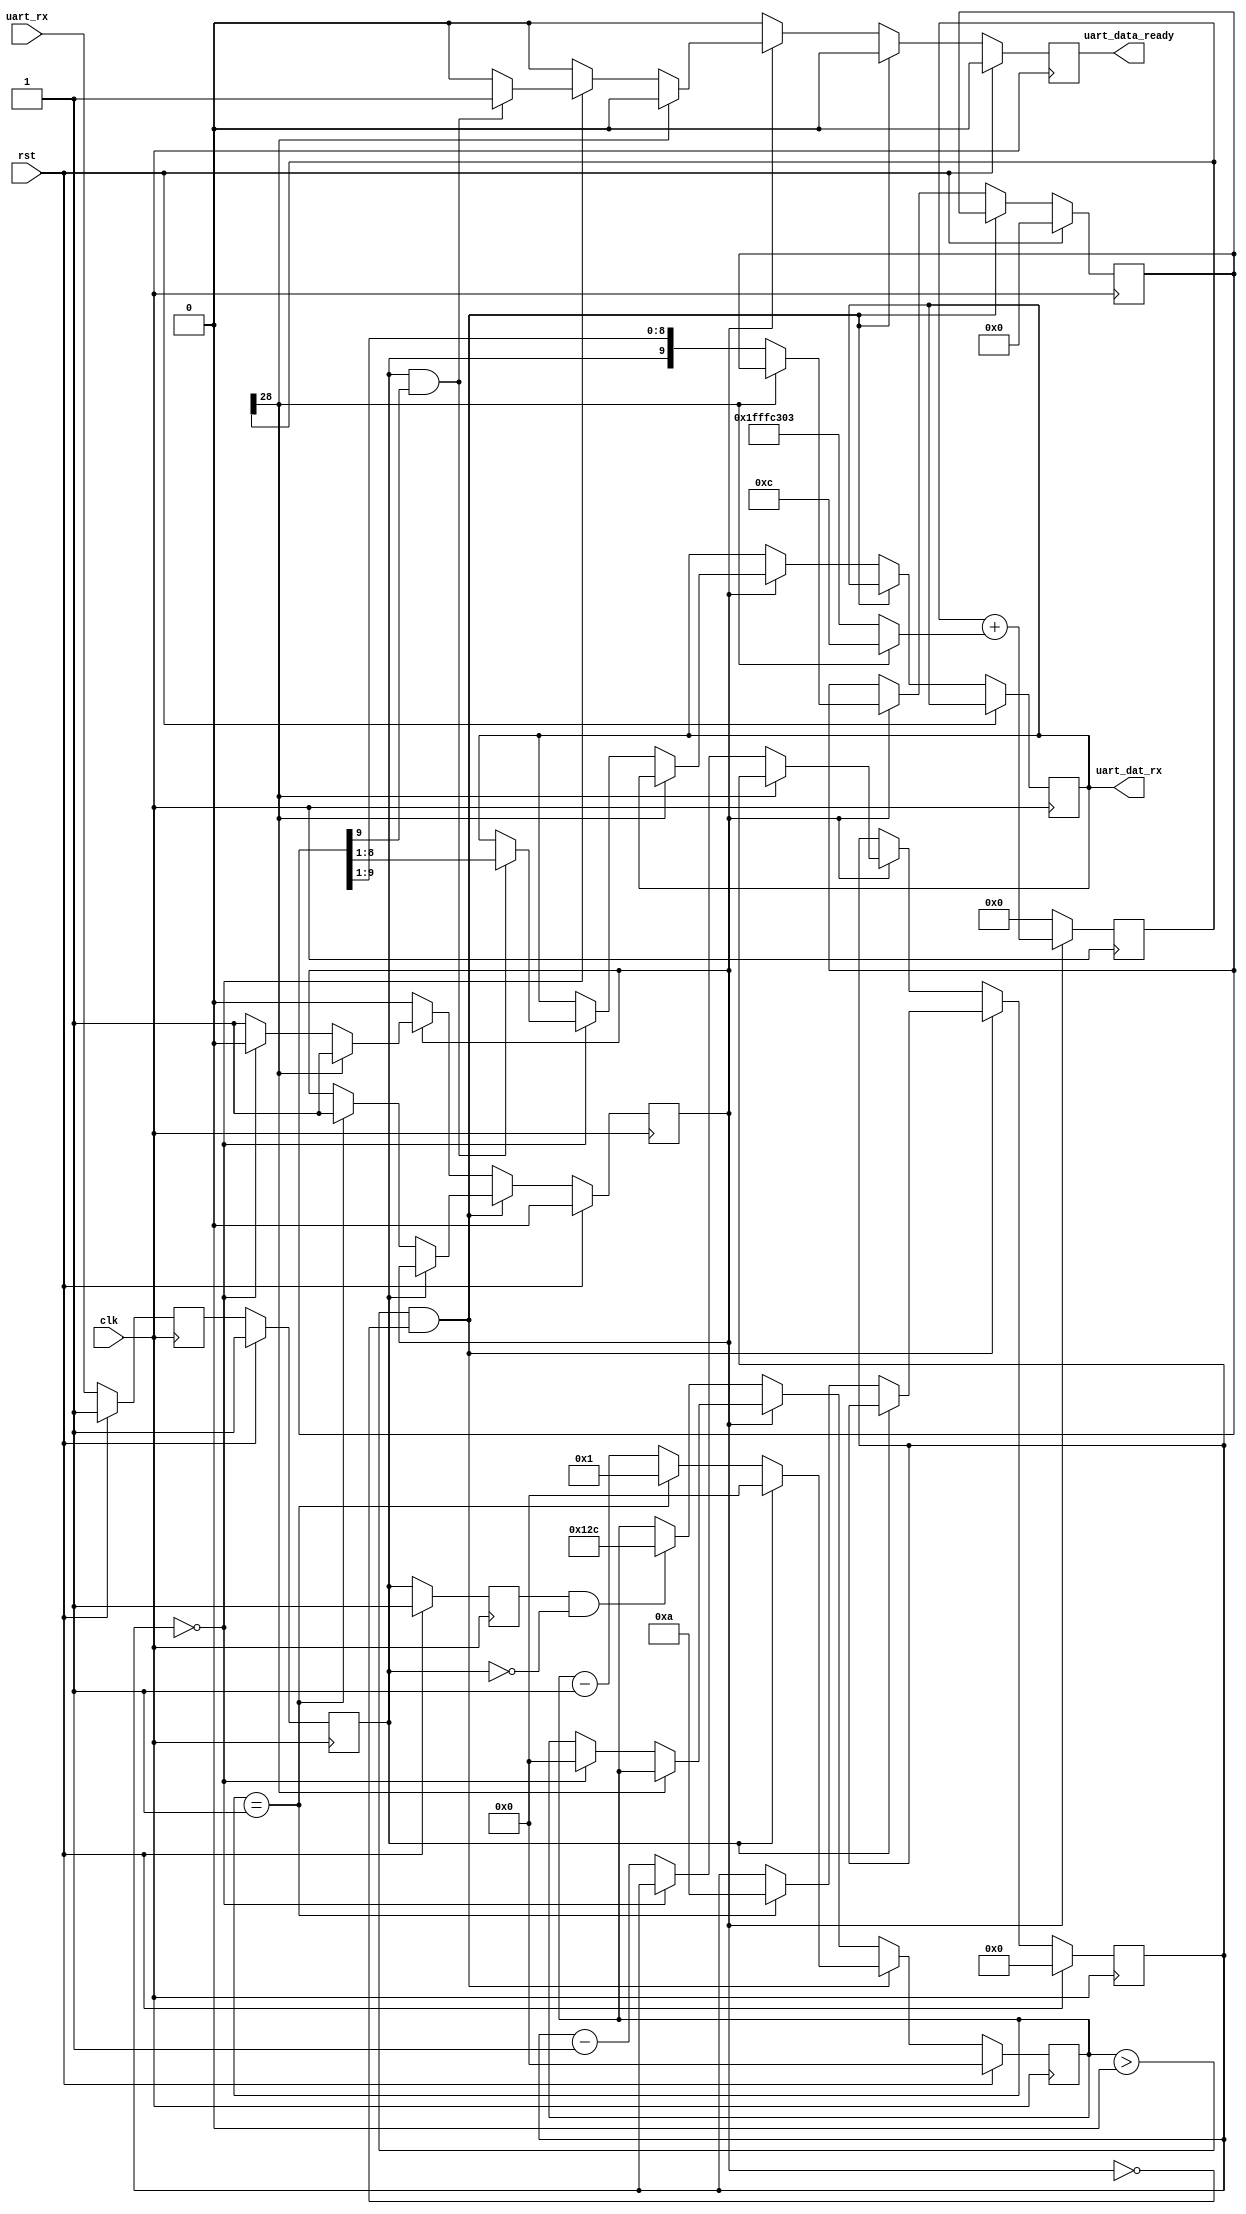
`timescale 1ns / 1ps
//////////////////////////////////////////////////////////////////////////////////
// Company: 
// Engineer: 
// 
// Design Name: 
// Module Name:    uart_receiver 
// Project Name: 
// Target Devices: 
// Tool versions: 
// Description: 
//
// Dependencies: 
//
// Revision: 
// Revision 0.01 - File Created
// Additional Comments: 
//
//////////////////////////////////////////////////////////////////////////////////
module uart_receiver(
   // Outputs
   uart_data_ready,   // data is ready
   uart_dat_rx,       // received data
   // Inputs
	uart_rx,     //rx wire
   clk,   // System clock, 150 MHz
   rst    // System reset
    );
	 
	 output reg uart_data_ready;
	 output reg[7:0] uart_dat_rx;
	 
	 input uart_rx;
	 input clk;
	 input rst;


	//synchronize this
	reg uart_syn;
	reg uart_tmp;
	
	initial uart_syn = 1;
	initial uart_tmp = 1;
	
	always @(posedge clk) begin
		if(rst) begin
			uart_syn <= 1;
			uart_tmp <= 1;
		end else begin
			uart_tmp <= uart_rx;
			uart_syn <= uart_tmp;
		end
	end
	
	// clk is 150MHz.  We want a 115200Hz clock
	reg start_trigger;
	initial start_trigger = 0;
	
	reg [28:0] d;
	wire [28:0] dInc = d[28] ? (12) : (12 - 15625);
	wire [28:0] dNxt = d + dInc;
	always @(posedge clk)
	begin
		if(start_trigger) begin
			d = dNxt;
		end else begin
			d = 0;
		end
	end
	wire ser_clk = ~d[28]; // this is the 115200 Hz clock
	
	//sample data line and get data into shift registers
	reg prev_rx;
	initial prev_rx = 1;
	
	reg[8:0] delay;
	reg[3:0] to_receive;
	reg[9:0] rx_buff;
	reg ign;
	
	always @(posedge clk) begin
		if(rst) begin
			prev_rx <= 1;
			start_trigger <= 0;
			delay <= 0;
			rx_buff <= 0;
			to_receive <= 0;
			uart_data_ready <= 0;
		end else begin
			prev_rx <= uart_syn;
			uart_data_ready <= 0;
			if(delay > 0 && !start_trigger) begin
				if(uart_syn == 1'b1) begin //this is not a valid start bit
					delay <= 0;
				end else begin
					if(delay == 1) begin
						//this is a valid start bit
						start_trigger <= 1;
						to_receive <= 8+2; //start bit was already received
						delay <= 1;
					end else begin
						delay <= delay-1;
					end
				end
			end else if(!start_trigger) begin
				if(prev_rx == 1'b1 && uart_syn == 1'b0) begin
					delay <= 300; //on an negedge we wait for half the baudrate
				end
			end else begin
				//receive was triggered and the baudrate clock was started
				if(ser_clk) begin
					{rx_buff, ign} <= {uart_syn, rx_buff};
					if(to_receive == 0) begin
						//byte was received

						if(uart_syn && rx_buff[9]) begin
							//stop bits are OKer
							uart_data_ready <= 1;
							uart_dat_rx <= rx_buff[8:1];
						end
						
						start_trigger <= 0;
						delay <= 0;
					end else begin
						to_receive <= to_receive-1;
					end
				end
			end
		end
	end
	

endmodule